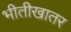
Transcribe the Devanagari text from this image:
भीतीखातर